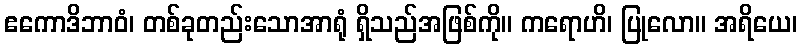
ဧကောဒိဘာဝံ၊ တစ်ခုတည်းသောအာရုံ ရှိသည်အဖြစ်ကို။ ကရောဟိ၊ ပြုလော။ အရိယေ၊